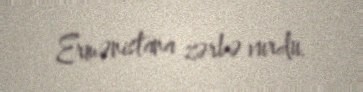
Ermənistana zərbə vurdu.